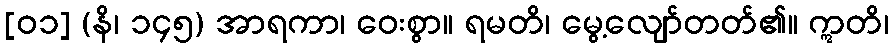
[၀၁] (နိ၊ ၁၄၅) အာရကာ၊ ဝေးစွာ။ ရမတိ၊ မွေ့လျော်တတ်၏။ ဣတိ၊